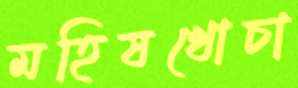
মহিষখোচা